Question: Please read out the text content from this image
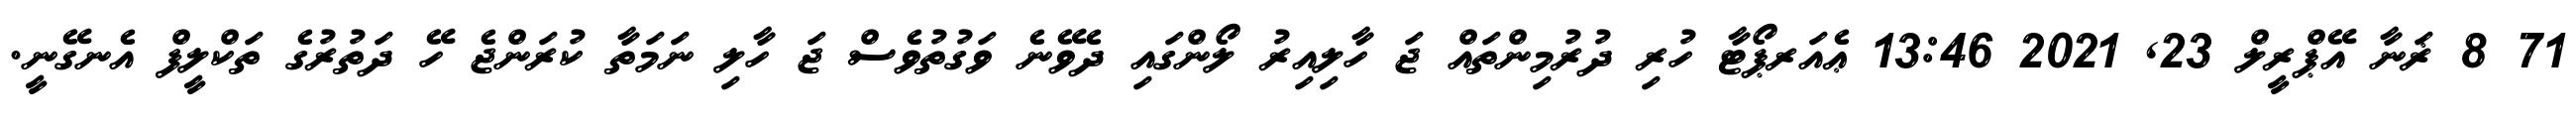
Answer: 71 8 ޜަނާ އޭޕްރީލް 23, 2021 13:46 ޢެއަރޕޯޓާ ހުރި ދުރުމިންތައް ޖަ ހާލިއިރު ލޯންގައި ދެވޭނެ ވަގުތުވެސް ޖަ ހާލި ނަމަތާ ކުރަންޖެ ހޭ ދަތުރުގެ ތަކްލީފް އެނގޭނީ.